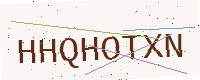
Text: HHQHOTXN